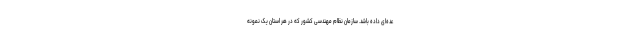
عده‌ای داده باشد. سازمان نظام مهندسی کشور که در هر استان یک نمونه